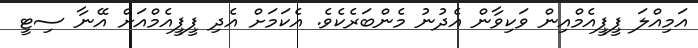
އަމިއްލަ ޕީޕީއެމްއިން ވަކިވާން އެދުނު މެންބަރެކެވެ. އެކަމަށް އެދި ޕީޕީއެމްއަށް އޭނާ ސިޓީ